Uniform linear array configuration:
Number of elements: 16
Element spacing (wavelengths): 0.25
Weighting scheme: hamming
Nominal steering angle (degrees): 45
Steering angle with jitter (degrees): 44.662
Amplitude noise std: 0.05
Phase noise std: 0.05

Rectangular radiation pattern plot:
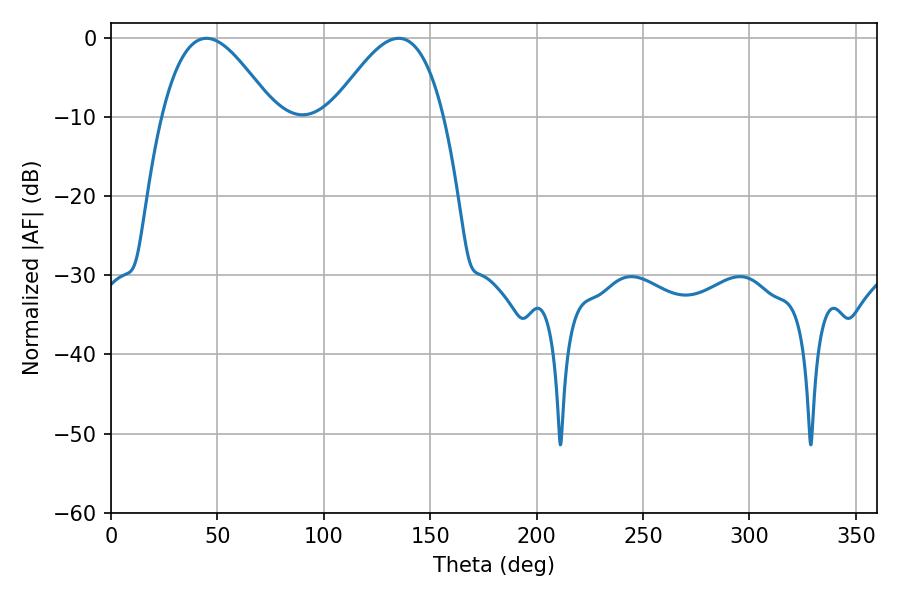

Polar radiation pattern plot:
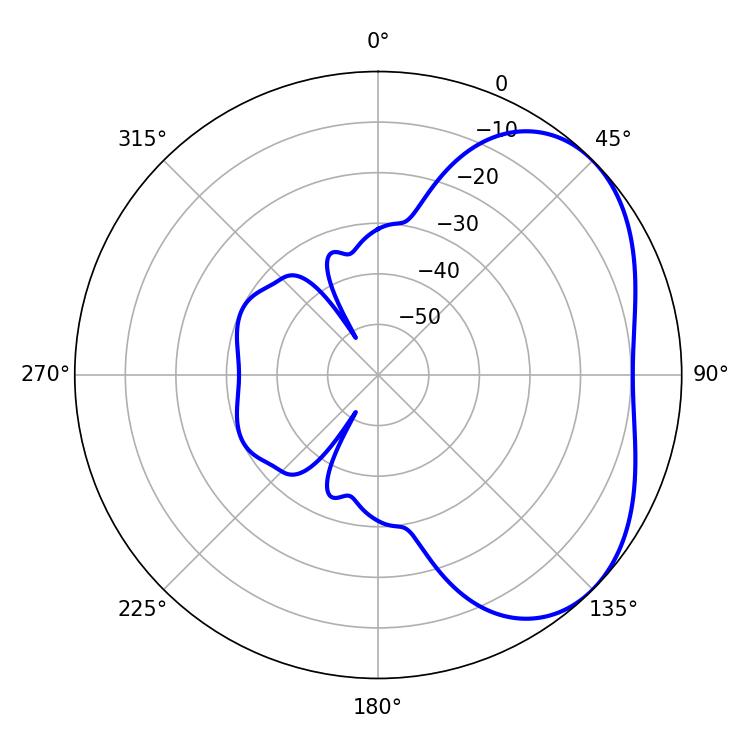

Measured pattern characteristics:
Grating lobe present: FALSE
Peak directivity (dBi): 3.834
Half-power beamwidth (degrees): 28.44
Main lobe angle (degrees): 44.82